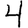
Digit: 4